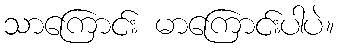
သာကြောင်း မာကြောင်းပါပဲ။